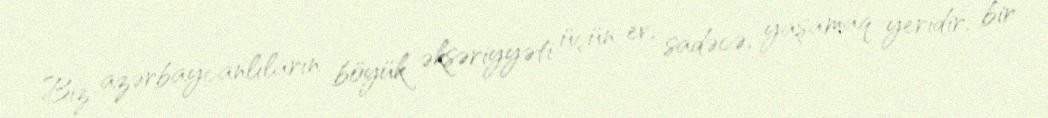
Biz azərbaycanlıların böyük əksəriyyəti üçün ev, sadəcə, yaşamaq yeridir, bir